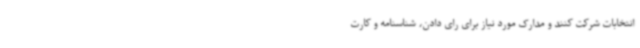
انتخابات شرکت کنند و مدارک مورد نیاز برای رای دادن، شناسنامه و کارت